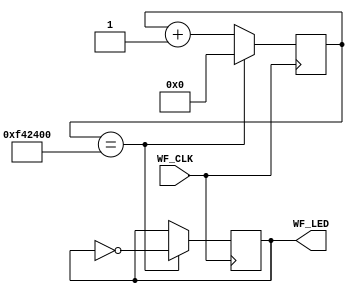
// WF_blinky.v
//
// The "Hello World" of Digital Logic!
// This example blinks the on-board user LED once a second.

module fpga_top(output reg WF_LED, input wire WF_CLK);
    reg [24:0] counter;

    // Blink LED every 1000 ms
    always @ (posedge WF_CLK) begin
        // Try using a different value here...
        // 8000000 will cause it to blink twice as fast!
        if (counter == 16000000) begin
            WF_LED   <= ~WF_LED;
            counter  <= 'b0;
        end else begin
            counter  <= counter + 'b1;
        end
    end
endmodule